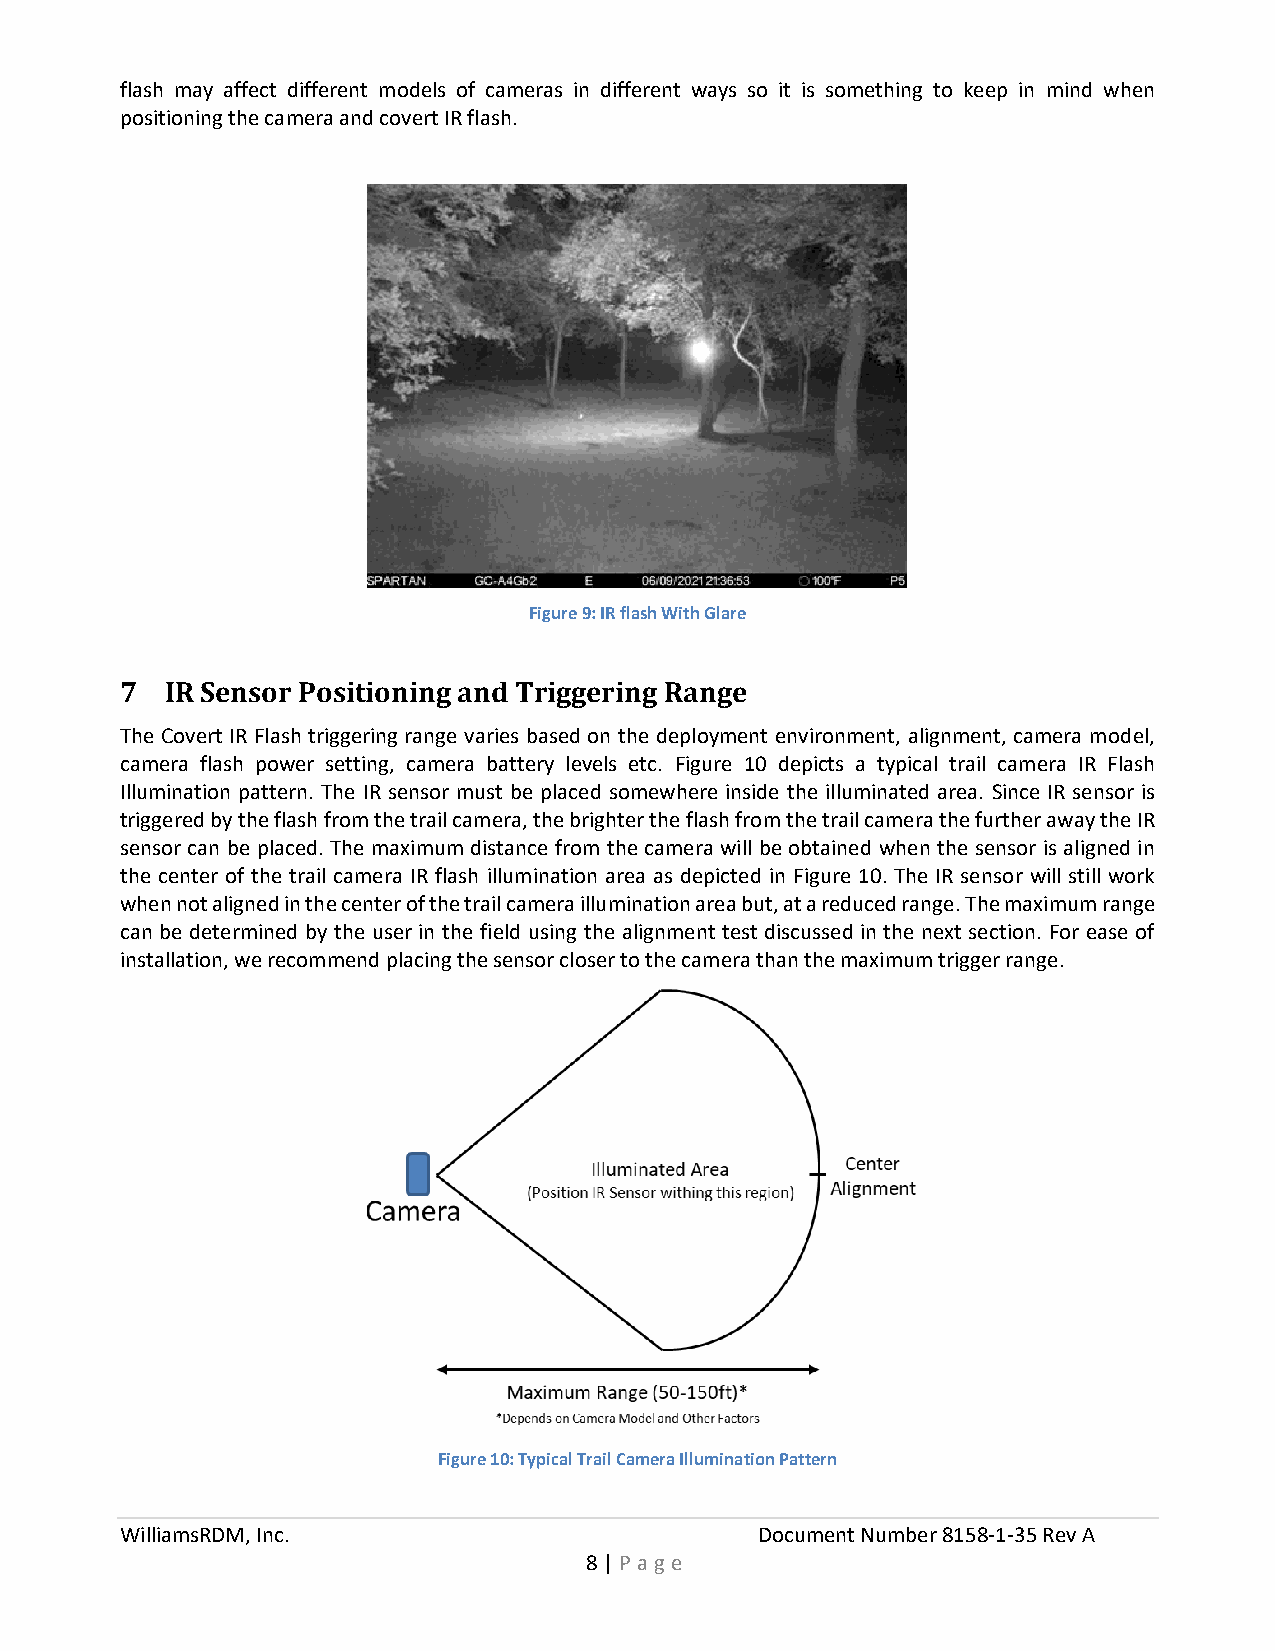
flash may affect different models of cameras in different ways so it is something to keep in mind when
 positioning the camera and covert IR flash.
 Figure 9: IR flash With Glare
 7  IR Sensor Positioning and Triggering Range
 The Covert IR Flash triggering range varies based on the deployment environment, alignment, camera model,
 camera flash power setting, camera battery levels etc. Figure 10 depicts a typical trail camera IR Flash
 Illumination pattern. The IR sensor must be placed somewhere inside the illuminated area. Since IR sensor is
 triggered by the flash from the trail camera, the brighter the flash from the trail camera the further away the IR
 sensor can be placed. The maximum distance from the camera will be obtained when the sensor is aligned in
 the center of the trail camera IR flash illumination area as depicted in Figure 10. The IR sensor will still work
 when not aligned in the center of the trail camera illumination area but, at a reduced range. The maximum range
 can be determined by the user in the field using the alignment test discussed in the next section. For ease of
 installation, we recommend placing the sensor closer to the camera than the maximum trigger range.
 Figure 10: Typical Trail Camera Illumination Pattern
 WilliamsRDM, Inc.                         Document Number 8158-1-35 Rev A
 8 | P a ge